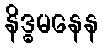
နိဒ္ဓမနေန